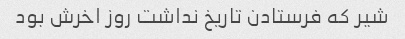
شیر که فرستادن تاریخ نداشت روز اخرش بود